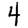
Digit: 4